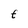
Character: t